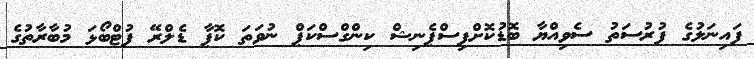
ފައިނަލުގެ ފުރުސަތު ސެވިއްޔާ ބޮޑުކޮށްފިސްޕެނިޝް ކިންގްސްކަޕް ނުވަތަ ކޮޕާ ޑެލްރޭ ފުޓްބޯޅަ މުބާރާތުގެ